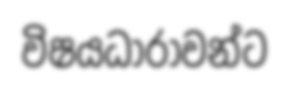
විෂයධාරාවන්ට